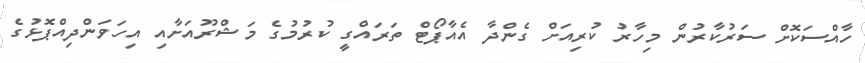
ހާއްސަކޮށް ސަރުކާރުން މިހާރު ކުރިއަށް ގެންދާ އެއާޕޯޓް ތަރައްގީ ކުރުމުގެ މަޝްރޫއަށާއި އިހަވަންދިއްޕޮޅުގެ